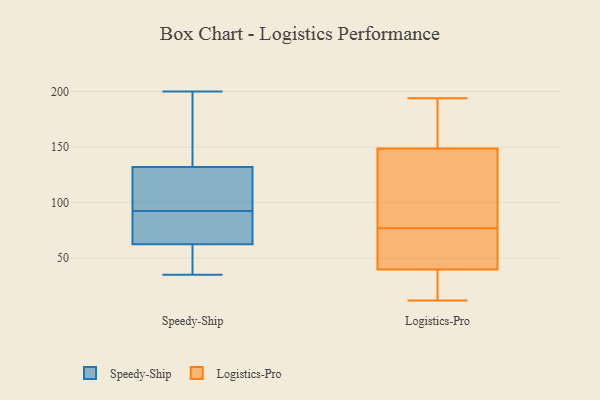
{"axis": {"x": "Page Views", "y": "Value"}, "legend": ["Logistics-Pro", "Speedy-Ship"], "data": [{"x": "", "y": 61, "type": "Speedy-Ship"}, {"x": "", "y": 73, "type": "Speedy-Ship"}, {"x": "", "y": 105, "type": "Speedy-Ship"}, {"x": "", "y": 35, "type": "Speedy-Ship"}, {"x": "", "y": 200, "type": "Speedy-Ship"}, {"x": "", "y": 83, "type": "Speedy-Ship"}, {"x": "", "y": 140, "type": "Speedy-Ship"}, {"x": "", "y": 35, "type": "Speedy-Ship"}, {"x": "", "y": 64, "type": "Speedy-Ship"}, {"x": "", "y": 102, "type": "Speedy-Ship"}, {"x": "", "y": 174, "type": "Speedy-Ship"}, {"x": "", "y": 124, "type": "Speedy-Ship"}, {"x": "", "y": 17, "type": "Logistics-Pro"}, {"x": "", "y": 102, "type": "Logistics-Pro"}, {"x": "", "y": 194, "type": "Logistics-Pro"}, {"x": "", "y": 43, "type": "Logistics-Pro"}, {"x": "", "y": 12, "type": "Logistics-Pro"}, {"x": "", "y": 76, "type": "Logistics-Pro"}, {"x": "", "y": 192, "type": "Logistics-Pro"}, {"x": "", "y": 113, "type": "Logistics-Pro"}, {"x": "", "y": 181, "type": "Logistics-Pro"}, {"x": "", "y": 77, "type": "Logistics-Pro"}, {"x": "", "y": 30, "type": "Logistics-Pro"}, {"x": "", "y": 166, "type": "Logistics-Pro"}, {"x": "", "y": 62, "type": "Logistics-Pro"}, {"x": "", "y": 57, "type": "Logistics-Pro"}, {"x": "", "y": 89, "type": "Logistics-Pro"}, {"x": "", "y": 20, "type": "Logistics-Pro"}, {"x": "", "y": 143, "type": "Logistics-Pro"}]}